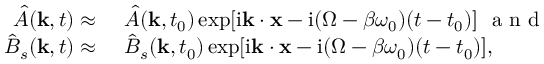
\begin{array} { r l } { \hat { A } ( \mathbf { k } , t ) \approx ~ } & { { } \hat { A } ( \mathbf { k } , t _ { 0 } ) \exp [ \mathrm { i } \mathbf { k } \cdot \mathbf { x } - \mathrm { i } ( \Omega - \beta \omega _ { 0 } ) ( t - t _ { 0 } ) ] ~ \mathrm { ~ a ~ n ~ d ~ } ~ } \\ { \hat { B } _ { s } ( \mathbf { k } , t ) \approx ~ } & { { } \hat { B } _ { s } ( \mathbf { k } , t _ { 0 } ) \exp [ \mathrm { i } \mathbf { k } \cdot \mathbf { x } - \mathrm { i } ( \Omega - \beta \omega _ { 0 } ) ( t - t _ { 0 } ) ] , } \end{array}